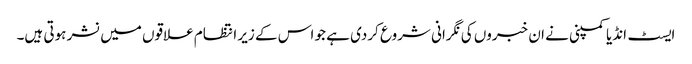
ایسٹ انڈیا کمپنی نے ان خبروں کی نگرانی شروع کردی ہے جو اس کے زیر انتظام علاقوں میں نشر ہوتی ہیں۔